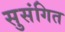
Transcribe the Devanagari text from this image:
सुसंगित